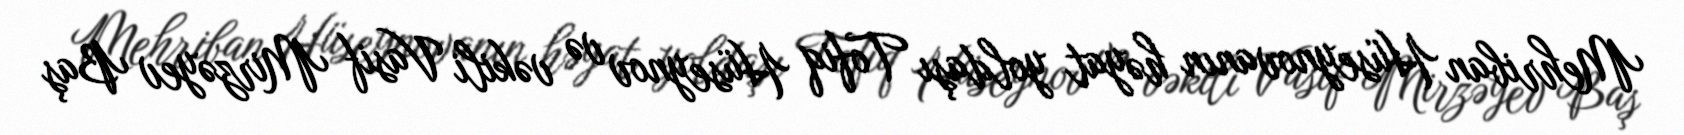
Mehriban Hüseynovanın həyat yoldaşı Tofiq Hüseynov və vəkili Vasif Mirzəyev Baş